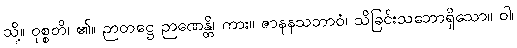
သို့။ ဝုစ္စတိ၊ ၏။ ဉာတဋ္ဌေ ဉာဏေန္တိ၊ ကား။ ဇာနနသဘာဝံ၊ သိခြင်းသဘောရှိသော။ ဝါ၊